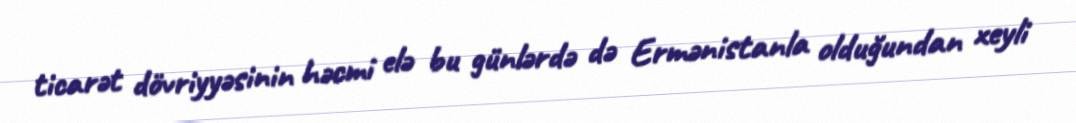
ticarət dövriyyəsinin həcmi elə bu günlərdə də Ermənistanla olduğundan xeyli